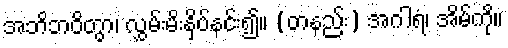
အဘိဘဝိတွာ၊ လွှမ်းမိးနှိပ်နင်း၍။ (တနည်း) အဂါရံ၊ အိမ်ကို။